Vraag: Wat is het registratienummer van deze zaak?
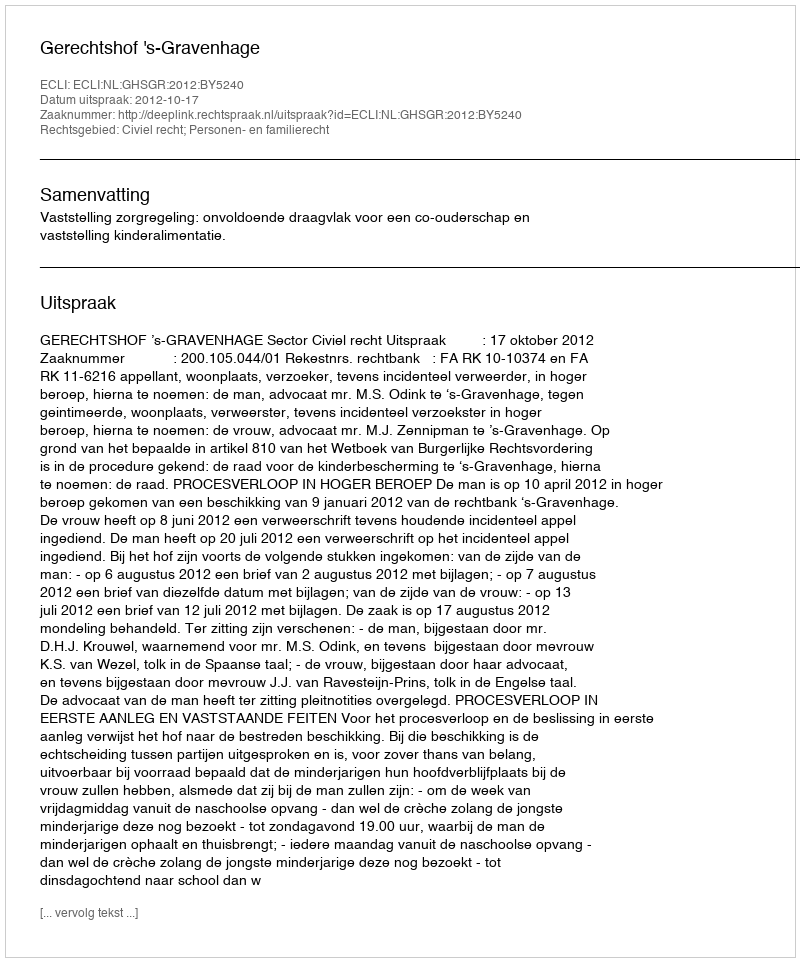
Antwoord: http://deeplink.rechtspraak.nl/uitspraak?id=ECLI:NL:GHSGR:2012:BY5240